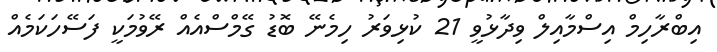
އިބްރާހިމް އިސްމާއިލް ވިދާޅުވީ 21 ކުޅިވަރު ހިމެނޭ ބޮޑު ގޭމްސްއެއް ރޭވުމަކީ ފަސޭހަކަމެއް